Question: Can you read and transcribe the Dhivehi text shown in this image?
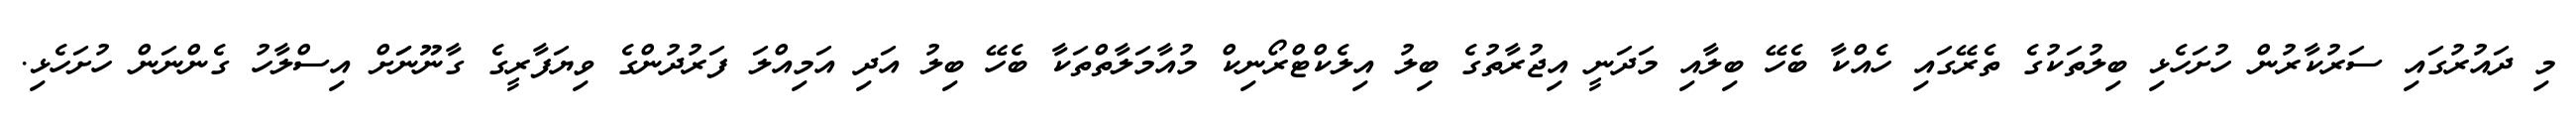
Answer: މި ދައުރުގައި ސަރުކާރުން ހުށަހެޅި ބިލުތަކުގެ ތެރޭގައި ހެއްކާ ބެހޭ ބިލާއި މަދަނީ އިޖުރާތުގެ ބިލު އިލެކްޓްރޯނިކް މުއާމަލާތްތަކާ ބެހޭ ބިލު އަދި އަމިއްލަ ފަރުދުންގެ ވިޔަފާރީގެ ގާނޫނަަށް އިސްލާހު ގެންނަން ހުށަހެޅި.